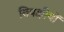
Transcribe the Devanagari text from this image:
विपक्षीयों